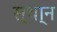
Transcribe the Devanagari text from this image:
स्था्न